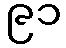
၉၁